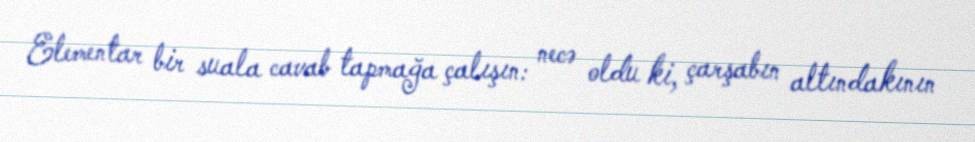
Elementar bir suala cavab tapmağa çalışın: necə oldu ki, çarşabın altındakının